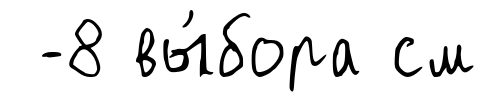
-8 вы́бора см